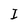
Character: I